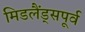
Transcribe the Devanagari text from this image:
मिडलैंड्सपूर्व